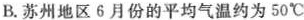
B.苏州地区6月份的平均气温约为50^{\circ}C